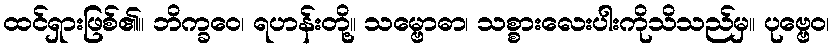
ထင်ရှားဖြစ်၏။ ဘိက္ခဝေ၊ ရဟန်းတို့။ သမ္ဗောဓာ၊ သစ္စားလေးပါးကိုသိသည်မှ။ ပုဗ္ဗေဝ၊